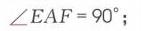
\(\angle EAF = 90^{\circ}\);